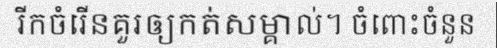
រីកចំរើនគួរឲ្យកត់សម្គាល់។ ចំពោះចំនួន